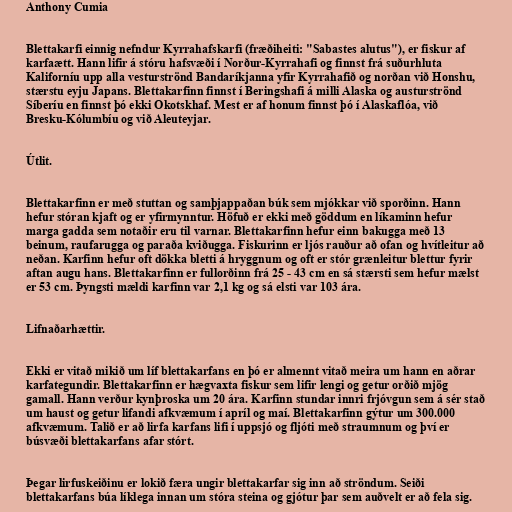
Anthony Cumia

Blettakarfi einnig nefndur Kyrrahafskarfi (fræðiheiti: "Sabastes alutus"), er fiskur af
karfaætt. Hann lifir á stóru hafsvæði í Norður-Kyrrahafi og finnst frá suðurhluta
Kaliforníu upp alla vesturströnd Bandaríkjanna yfir Kyrrahafið og norðan við Honshu,
stærstu eyju Japans. Blettakarfinn finnst í Beringshafi á milli Alaska og austurströnd
Síberíu en finnst þó ekki Okotskhaf. Mest er af honum finnst þó í Alaskaflóa, við
Bresku-Kólumbíu og við Aleuteyjar.

Útlit.

Blettakarfinn er með stuttan og samþjappaðan búk sem mjókkar við sporðinn. Hann
hefur stóran kjaft og er yfirmynntur. Höfuð er ekki með göddum en líkaminn hefur
marga gadda sem notaðir eru til varnar. Blettakarfinn hefur einn bakugga með 13
beinum, raufarugga og paraða kviðugga. Fiskurinn er ljós rauður að ofan og hvítleitur að
neðan. Karfinn hefur oft dökka bletti á hryggnum og oft er stór grænleitur blettur fyrir
aftan augu hans. Blettakarfinn er fullorðinn frá 25 - 43 cm en sá stærsti sem hefur mælst
er 53 cm. Þyngsti mældi karfinn var 2,1 kg og sá elsti var 103 ára.

Lifnaðarhættir.

Ekki er vitað mikið um líf blettakarfans en þó er almennt vitað meira um hann en aðrar
karfategundir. Blettakarfinn er hægvaxta fiskur sem lifir lengi og getur orðið mjög
gamall. Hann verður kynþroska um 20 ára. Karfinn stundar innri frjóvgun sem á sér stað
um haust og getur lifandi afkvæmum í apríl og maí. Blettakarfinn gýtur um 300.000
afkvæmum. Talið er að lirfa karfans lifi í uppsjó og fljóti með straumnum og því er
búsvæði blettakarfans afar stórt.

Þegar lirfuskeiðinu er lokið færa ungir blettakarfar sig inn að ströndum. Seiði
blettakarfans búa líklega innan um stóra steina og gjótur þar sem auðvelt er að fela sig.